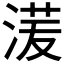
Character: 𰜑